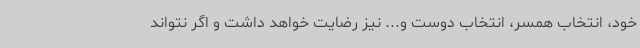
خود، انتخاب همسر، انتخاب دوست و... نیز رضایت خواهد داشت و اگر نتواند